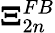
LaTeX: \boldsymbol{\Xi}_{2n}^{FB}